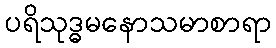
ပရိသုဒ္ဓမနောသမာစာရာ